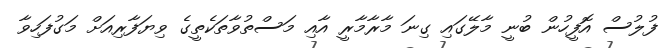
ފުލުސް އޮފީހުން ބުނީ މާލޭގައި ގިނަ މާރާމާރީ އާއި މަސްތުވާތަކެތީގެ ވިޔަފާރިއަށް މަގުފަހިވާ